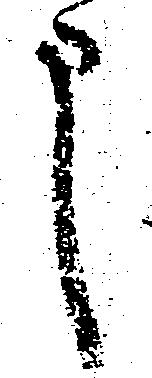
申